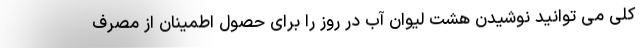
کلی می توانید نوشیدن هشت لیوان آب در روز را برای حصول اطمینان از مصرف